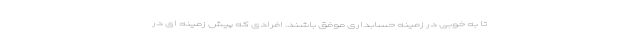
تا به خوبی در زمینه حسابداری موفق باشند. افرادی که پیش زمینه ای در